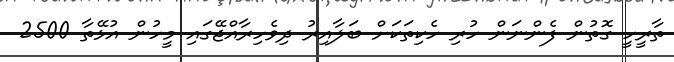
ތާރީހީ ގޮތުން ފެންނަން ހުރި ހެކިތަކަށް ބަލާއިރު ދިވެހިރާއްޖޭގައި މީހުން އުޅޭތާ 2500